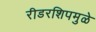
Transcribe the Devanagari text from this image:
रीडरशिपमुळे